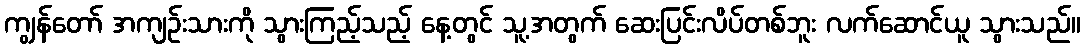
ကျွန်တော် အကျဉ်းသားကို သွားကြည့်သည့် နေ့တွင် သူ့အတွက် ဆေးပြင်းလိပ်တစ်ဘူး လက်ဆောင်ယူ သွားသည်။